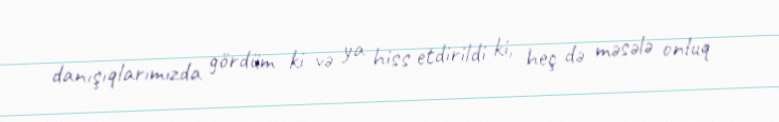
danışıqlarımızda gördüm ki və ya hiss etdirildi ki, heç də məsələ onluq